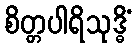
စိတ္တပါရိသုဒ္ဓိံ